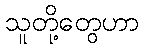
သူတို့တွေဟာ